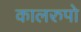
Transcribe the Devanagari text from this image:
कालरुपो